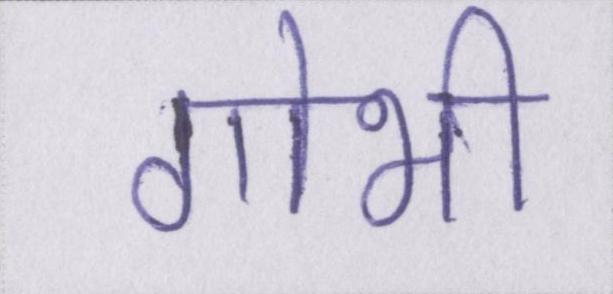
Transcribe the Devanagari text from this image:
गोभी